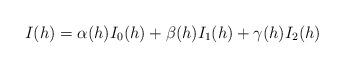
LaTeX: \begin{align*}I(h)= \alpha(h)I_0(h)+ \beta(h)I_1(h)+ \gamma(h)I_2(h)\end{align*}